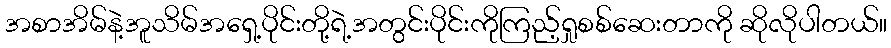
အစာအိမ်နဲ့အူသိမ်အရှေ့ပိုင်းတို့ရဲ့အတွင်းပိုင်းကိုကြည့်ရှုစစ်ဆေးတာကို ဆိုလိုပါတယ်။